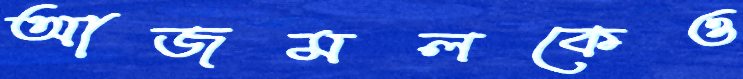
আজমলকেও